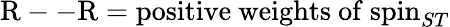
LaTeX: \mathrm{R--R}=\mathrm{positive~weights~of~}\mathrm{spin}_{ST}